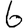
Digit: 6